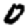
Digit: 0